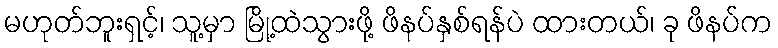
မဟုတ်ဘူးရှင့်၊ သူ့မှာ မြို့ထဲသွားဖို့ ဖိနပ်နှစ်ရန်ပဲ ထားတယ်၊ ခု ဖိနပ်က